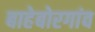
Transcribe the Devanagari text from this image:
बाहेबोरगांव